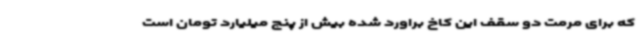
که برای مرمت دو سقف این کاخ براورد شده بیش از پنج میلیارد تومان است